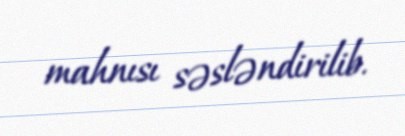
mahnısı səsləndirilib.